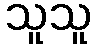
သူသူ